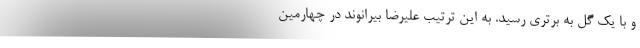
و با یک گل به برتری رسید. به این ترتیب علیرضا بیرانوند در چهارمین